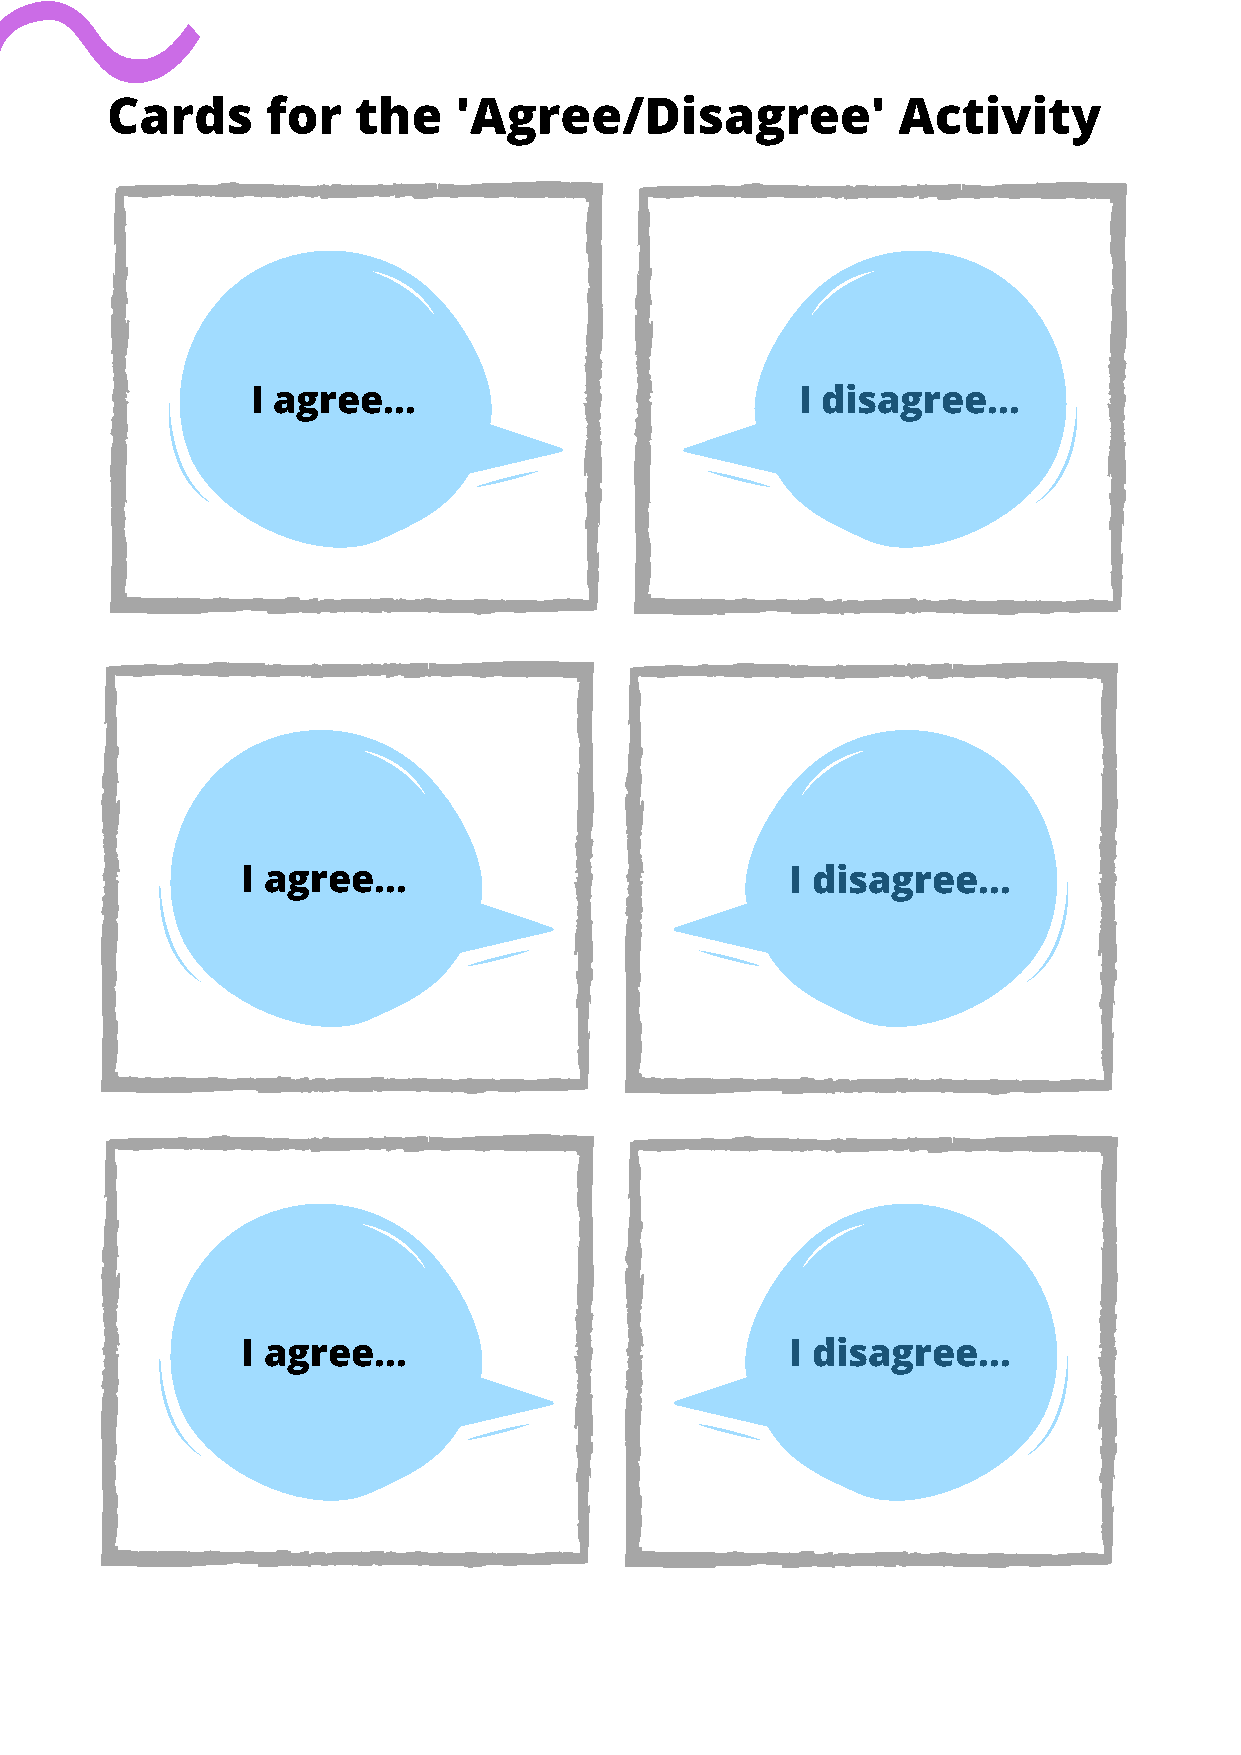
Cards      for  the    'Agree/Disagree'             Activity
 I agree...                          I disagree...
 I agree...                          I disagree...
 I agree...                          I disagree...